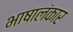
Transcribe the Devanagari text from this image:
भाषालंकार